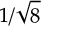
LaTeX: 1 / { \sqrt { 8 } }